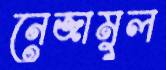
নেজামুল